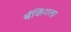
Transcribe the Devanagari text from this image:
बँकिंगला